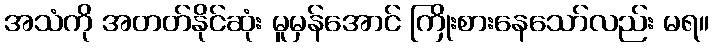
အသံကို အတတ်နိုင်ဆုံး မူမှန်အောင် ကြိုးစားနေသော်လည်း မရ။